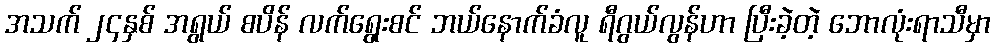
အသက် ၂၄နှစ် အရွယ် စပိန် လက်ရွေးစင် ဘယ်နောက်ခံလူ ရီဂွယ်လွန်ဟာ ပြီးခဲ့တဲ့ ဘောလုံးရာသီမှာ